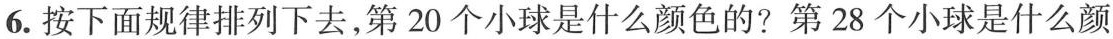
6. 按下面规律排列下去，第 20 个小球是什么颜色的? 第 28 个小球是什么颜